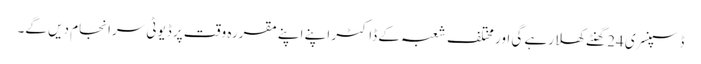
ڈسپنسری 24 گھنٹے کھلا رہے گی اور مختلف شعبہ کے ڈاکٹر اپنے اپنے مقررہ وقت پر ڈیوٹی سرانجام دیں گے۔